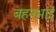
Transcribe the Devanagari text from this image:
बहनभाई